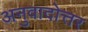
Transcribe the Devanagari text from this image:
अनुवादोत्तर